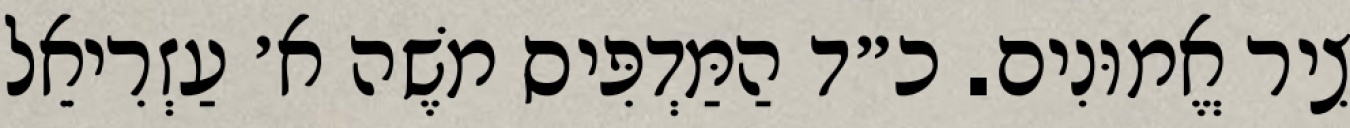
צִיר אֱמוּנִים. כ״ד הַמַּדְפִּיס מֹשֶׁה א׳ עַזְרִיאֵל